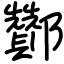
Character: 酇